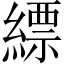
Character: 縹